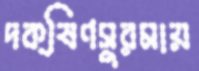
দক্ষিণসুরমায়